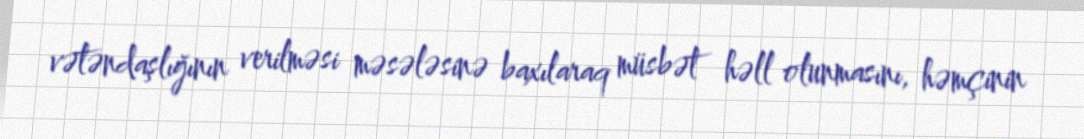
vətəndaşlığının verilməsi məsələsinə baxılaraq müsbət həll olunmasını, həmçinin